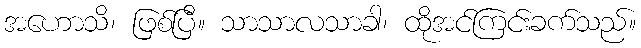
အဟောသိ၊ ဖြစ်ပြီ။ သာသာလသာခါ၊ ထိုအင်ကြင်းခက်သည်။